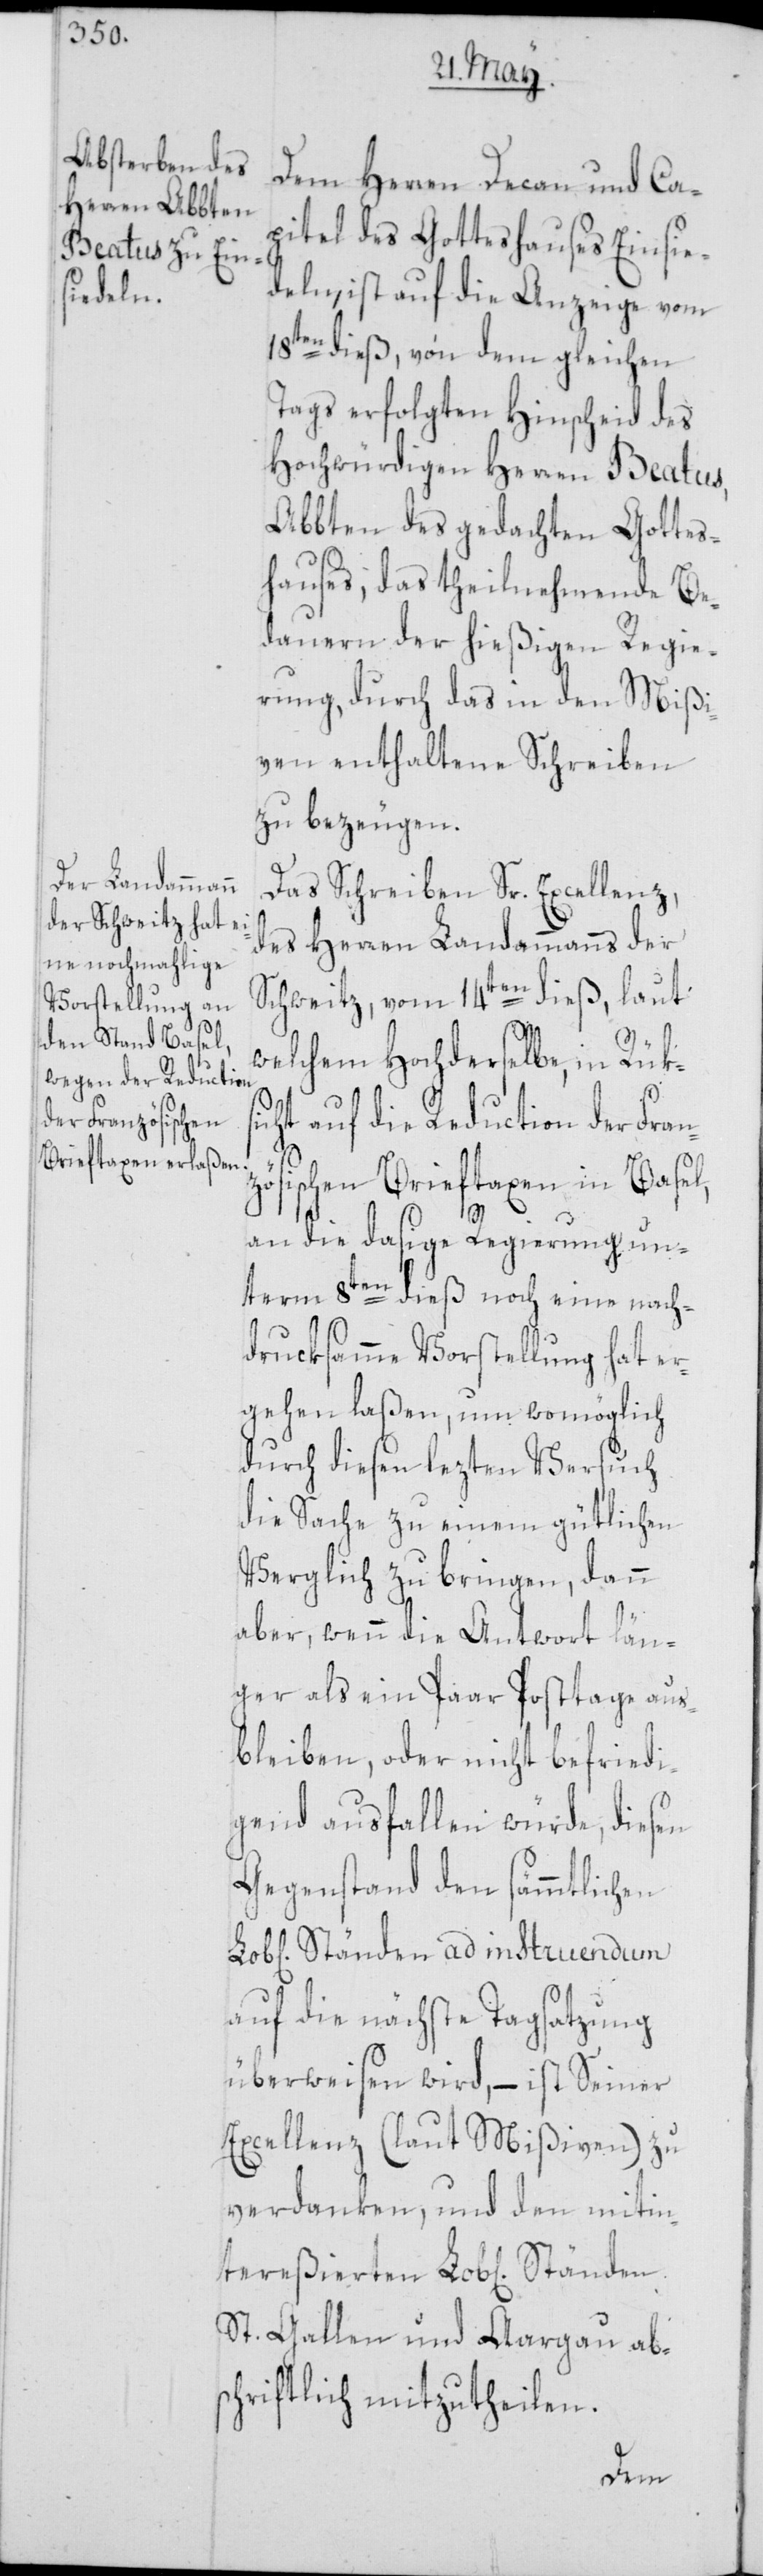
tereßie¬

Dem Herren Decan und Ca¬
pitel des Gotteshauses Einsie¬
deln, ist auf die Anzeige vom
18ten dieß, von dem gleichen
Tags erfolgten Hinscheid des
Hochwürdigen Herren Beatus,
Abbten des gedachten Gottes¬
hauses, das theilnehmende Be¬
dauern der hießigen Regie¬
rung, durch das in den Mißi¬
ven enthaltene Schreiben
zu bezeugen.
Das Schreiben Sr. Excellenz,
des Herren Landammanns der
Schweitz, vom 14ten dieß, laut
welchem Hochderselbe, in Rüks¬
icht auf die Reduction der Fran¬
zösischen Brieftaxen in Basel,
an die dasige Regierung un¬
term 8ten dieß noch eine nach¬
drucksamme Vorstellung hat er¬
gehen laßen, um womöglich
durch diesen lezten Versuch
die Sache zu einem gütlichen
Verglich zu bringen, dann
aber, wenn die Antwort län¬
ger als ein Paar Posttage aus¬
bleiben, oder nicht befriedi¬
gend ausfallen würde, diesen
Gegenstand den sämmtlichen
Ständen ad instruendum
auf die nächste Tagsatzung
überweisen wird, – ist Seiner
Excellenz (laut Mißiven) zu
verdanken, und den mitin¬
St. Gallen und Aargau abs¬
chriftlich mitzutheilen.
rten